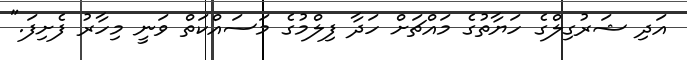
އަދި ޝަރުގިލްގެ ހަޔާތުގެ މައްޗަށް ހަދާ ފިލްމުގެ މަސައްކަތް ވަނީ މިހާރު ފެށިފަ."